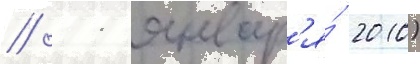
// 11 январ'я́ 2010)